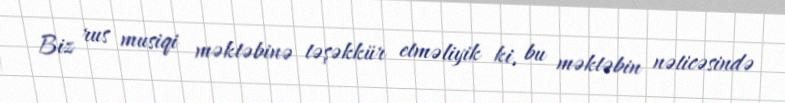
Biz rus musiqi məktəbinə təşəkkür etməliyik ki, bu məktəbin nəticəsində